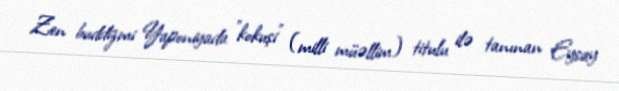
Zen buddizmi Yaponiyada "kokuşi" (milli müəllim) titulu ilə tanınan Eysay